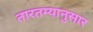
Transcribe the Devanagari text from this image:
तारतम्यानुसार